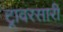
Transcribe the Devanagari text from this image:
ट्रावरसारी